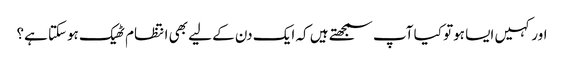
اور کہیں ایسا ہوتو کیا آپ سمجھتے ہیں کہ ایک دن کے لیے بھی انتظام ٹھیک ہوسکتا ہے؟